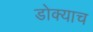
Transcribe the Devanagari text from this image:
डोक्याच